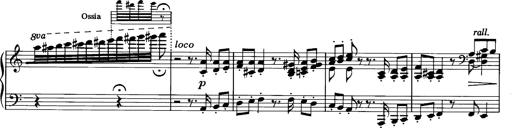
Title: La romanesca
Composer: Franz Liszt